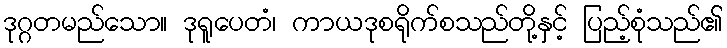
ဒုဂ္ဂတမည်သော။ ဒုရူပေတံ၊ ကာယဒုစရိုက်စသည်တို့နှင့် ပြည့်စုံသည်၏